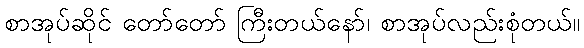
စာအုပ်ဆိုင် တော်တော် ကြီးတယ်နော်၊ စာအုပ်လည်းစုံတယ်။